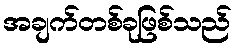
အချက်တစ်ခုဖြစ်သည်